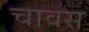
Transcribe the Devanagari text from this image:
चावस